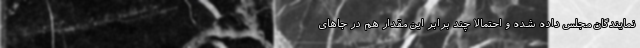
نمایندگان مجلس داده شده و احتمالا چند برابر این مقدار هم در جاهای